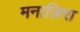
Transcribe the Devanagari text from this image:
मनाज़िरा